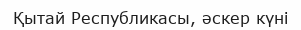
Қытай Республикасы, әскер күні